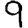
Digit: 9